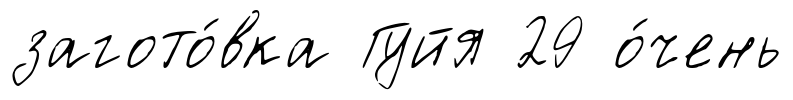
загото́вка Гуйя 29 о́чень